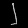
Digit: ၂